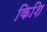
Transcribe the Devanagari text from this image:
किशि